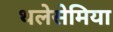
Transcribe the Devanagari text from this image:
थलेसेमिया